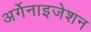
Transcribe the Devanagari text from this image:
अर्गेनाइजेशन